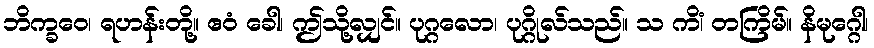
ဘိက္ခဝေ၊ ရဟန်းတို့။ ဧဝံ ခေါ၊ ဤသို့လျှင်။ ပုဂ္ဂလော၊ ပုဂ္ဂိုလ်သည်။ သ ကိံ၊ တကြိမ်။ နိမုဂ္ဂေါ၊